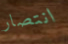
انتصار